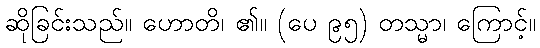
ဆိုခြင်းသည်။ ဟောတိ၊ ၏။ (ပေ ၉၅) တသ္မာ၊ ကြောင့်။